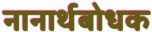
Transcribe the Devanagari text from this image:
नानार्थबोधक